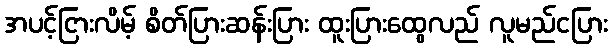
အပင့်ငြားလိမ့် စိတ်ပြားဆန်းပြား ထူးပြားထွေလည် လူမည်ငပြား